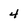
Character: 4